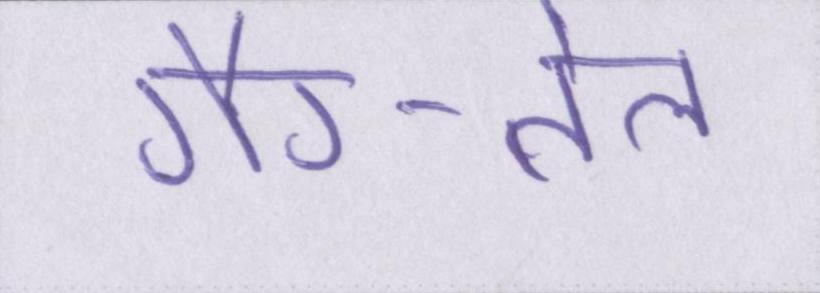
गैर-तेल